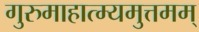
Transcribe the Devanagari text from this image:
गुरुमाहात्म्यमुत्तमम्